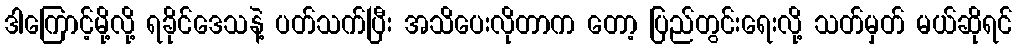
ဒါကြောင့်မို့လို့ ရခိုင်ဒေသနဲ့ ပတ်သက်ပြီး အသိပေးလိုတာက တော့ ပြည်တွင်းရေးလို့ သတ်မှတ် မယ်ဆိုရင်